system: You are a helpful assistant.
user:
Analyze the provided spectrum to determine if it is a **"Cataclysmic Variables (CV)"**.

- **Key Indicators for CV (Check for either state):**
    - **State 1: Quiescent / Low-State (Emission-Dominated)**
        - **(Primary):** Strong and *very broad* Hydrogen Balmer emission lines (e.g., $H\alpha$ at 6563 Å, $H\beta$ at 4861 Å). The 'broadness' (high velocity dispersion, often FWHM > 1000 km/s) is the key diagnostic, indicating a high-velocity accretion disk.
        - **(Secondary):** Broad neutral Helium (He I) emission lines (e.g., 5876 Å, 6678 Å).
        - **(Key Confirmation):** Presence of high-excitation *ionized* Helium (He II) emission at 4686 Å. This is a strong indicator of accretion onto a white dwarf.
        - **(Line Profile):** Emission lines may exhibit a 'double-peaked' profile, which is a classic signature of a rotating accretion disk viewed at high inclination.

    - **State 2: Outburst / High-State (Absorption-Dominated)**
        - **(Primary):** Spectrum is dominated by a bright, blue continuum (looks like a hot star).
        - **(Secondary):** The emission lines from State 1 are weak, absent, or 'filled in', and are replaced by broad, shallow *absorption* lines (primarily Balmer and He I).
        - **(Morphology):** The overall spectrum mimics a hot B/A-type star. The crucial difference is that the absorption lines are significantly broader, shallower, and more 'washed-out' (or 'smeared') than the sharp lines of a normal stellar photosphere, due to high rotational speeds and pressure broadening in the disk.

Think first, call **spectral_visualization_tool** if needed to examine features in detail, then provide your final answer. Your response must adhere to the following strict rules:
1.  **Overall Structure:** Your response must follow the format `<think>...</think> <tool_call>...</tool_call> (if a tool is used) <answer>...</answer>`.
2.  **Tool Usage Constraint:** You may only make **one** tool call per turn.
3.  **Final Answer Format:** In the `<answer>` tag, your conclusion must be inside a `\boxed{}` command (e.g., `\boxed{YES}`), followed by your justification.

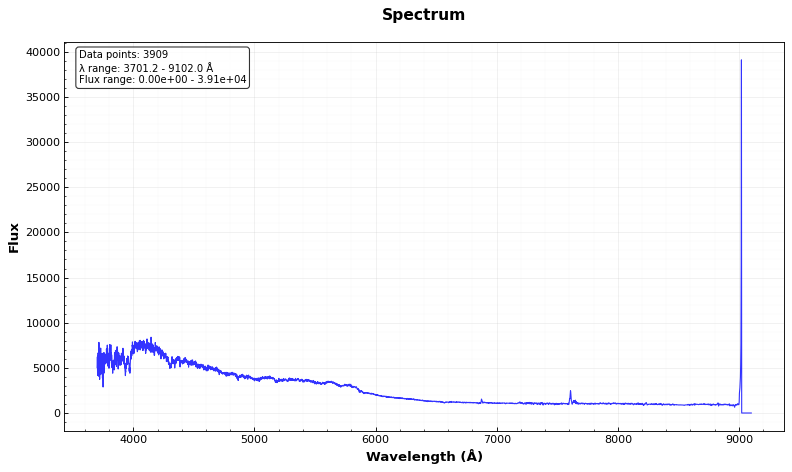
Answer: NO